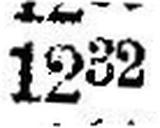
1232